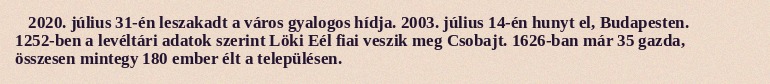
2020. július 31-én leszakadt a város gyalogos hídja. 2003. július 14-én hunyt el, Budapesten. 1252-ben a levéltári adatok szerint Löki Eél fiai veszik meg Csobajt. 1626-ban már 35 gazda, összesen mintegy 180 ember élt a településen.